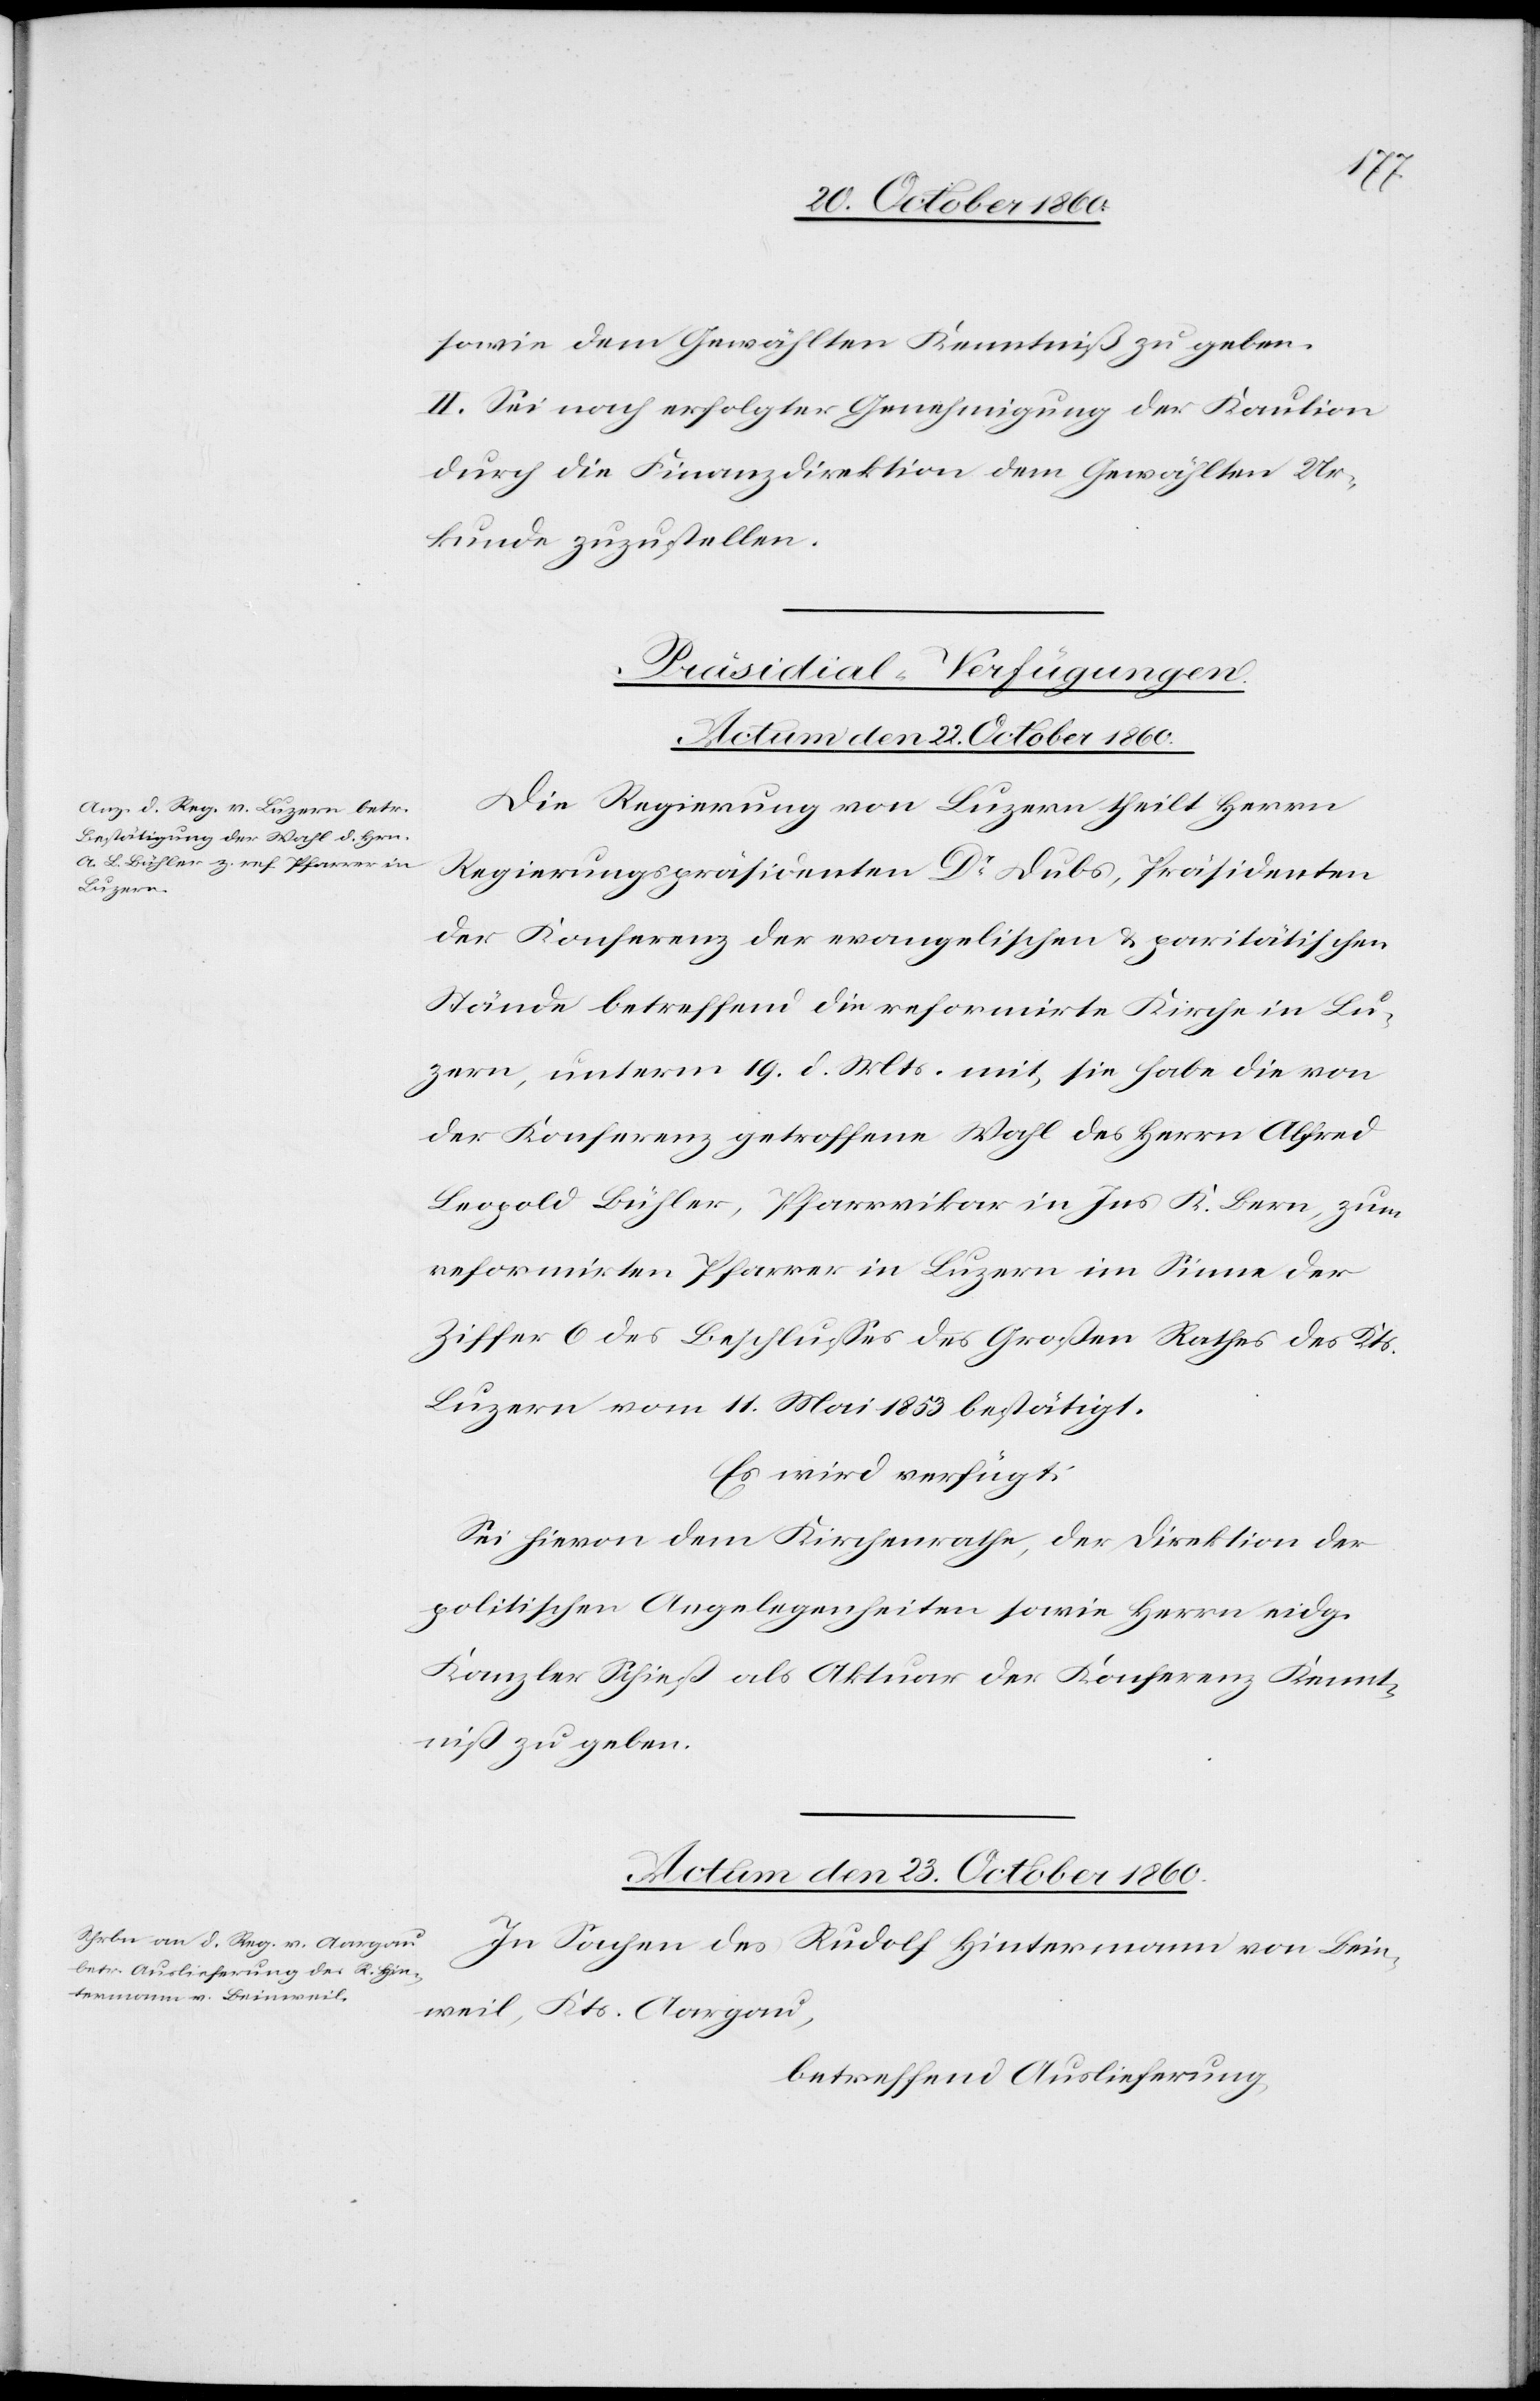
ntniß.
sowie dem Gewählten Kenntniß zu geben.
II. Sei nach erfolgter Genehmigung der Kaution
durch die Finanzdirektion dem Gewählten Ur¬
kunde zuzustellen.
[Präsidial-Verfügungen.]
Die Regierung von Luzern theilt Herrn
Regierungspräsidenten Dr Dubs, Präsidenten
der Konferenz der evangelischen u. paritätischen
Stände betreffend die reformirte Kirche in Lu¬
zern, unterm 19. d. Mts. mit, sie habe die von
der Konferenz getroffene Wahl des Herrn Alfred
Leopold Bühler, Pfarrvikar in Ins K. Bern, zum
reformirten Pfarrer in Luzern im Sinne der
Ziffer 6 des Beschlusses des Großen Rathes des Ken¬
Luzern vom 11. Mai 1853 bestätigt.
Es wird verfügt:
Sei hievon dem Kirchenrathe, der Direktion der
politischen Angelegenheiten sowie Herrn eidg.
Kanzler Schieß als Aktuar der Konferenz Kennt¬
niß zu geben.
Actum den 23. October 1860.
In Sachen des Rudolf Hintermann von Bein¬
weil, Kts. Aargau,
betreffend Auslieferung,